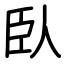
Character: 臥